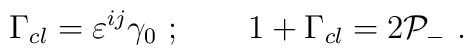
\Gamma_{cl}=\varepsilon^{ij}\gamma_0\ ;\qquad  1+\Gamma_{cl}=2{\cal P}_-\ .